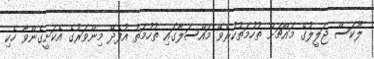
ލޫކަސް ޖަލީލުގެ މައްޗަށް ތުހުމަތުކުރެވޭ މައްސަލާގައި ތުހުމަތު އުފެދޭ މިންވަރުގެ އެކަށީގެންވާ ހެކި